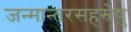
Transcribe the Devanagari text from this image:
जन्मान्तरसहस्रेषु